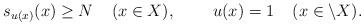
LaTeX: \begin{align*}s_{u(x)}(x) \geq N \;\;\;\;(x\in X),\;\;\;\;\;\;\;\;u(x) =1\;\;\;\;(x \in \setminus X).\end{align*}